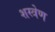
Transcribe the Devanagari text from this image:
शस्त्रेण